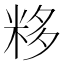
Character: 𥹠